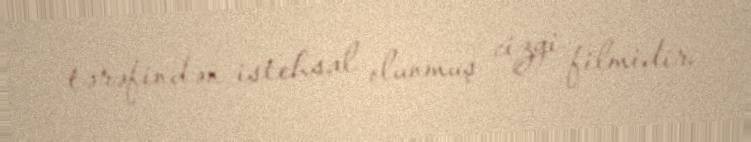
tərəfindən istehsal olunmuş cizgi filmidir.